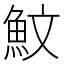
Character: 魰